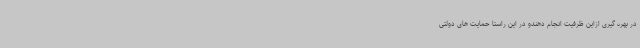
در بهره گیری ازاین ظرفیت انجام دهندو در این راستا حمایت های دولتی